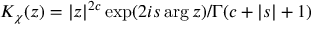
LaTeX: K _ { \chi } ( z ) = | z | ^ { 2 c } \exp ( 2 i s \arg z ) / \Gamma ( c + | s | + 1 )